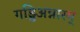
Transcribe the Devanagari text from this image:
गड्डिअन्नारम्